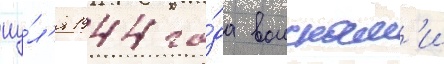
иу́л'я 1944 го́да воискам'и